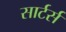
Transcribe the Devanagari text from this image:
सार्टर्स